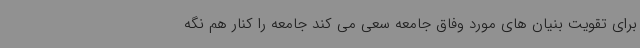
برای تقویت بنیان های مورد وفاق جامعه سعی می کند جامعه را کنار هم نگه